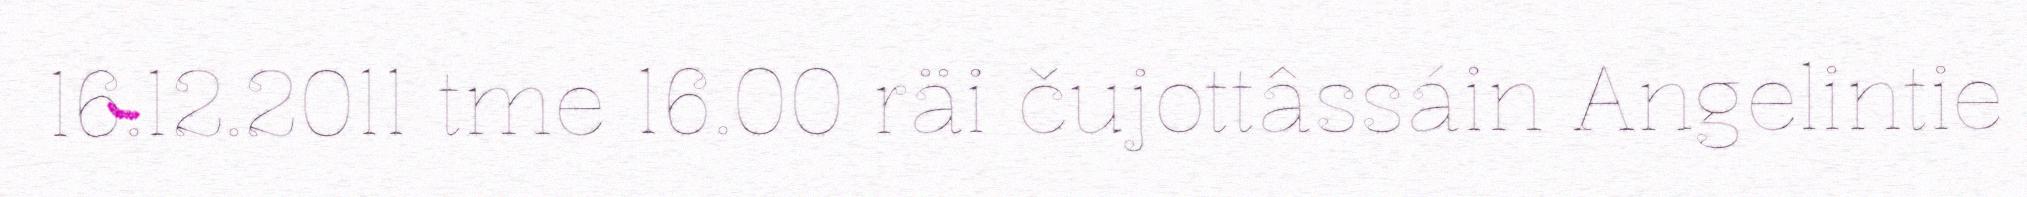
16.12.2011 tme 16.00 räi čujottâssáin Angelintie